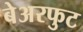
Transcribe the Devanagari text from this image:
बेअरफुट